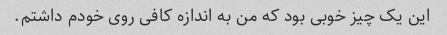
این یک چیز خوبی بود که من به اندازه کافی روی خودم داشتم.